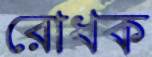
রোধক